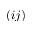
( i j )